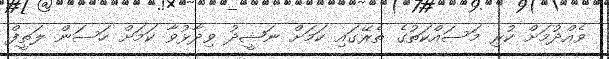
ވެއްދުމަށް ކުރި މަސައްކަތުގެ ތެރޭގައި ކަމަށް ނަޝީދު ވިދާޅުވާ ކަމަށް ހަސަން ލަތީފް